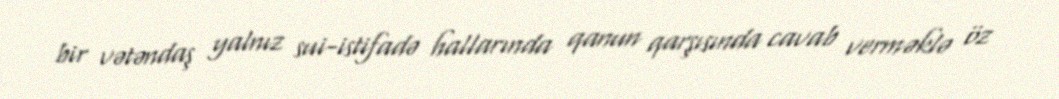
bir vətəndaş yalnız sui-istifadə hallarında qanun qarşısında cavab verməklə öz